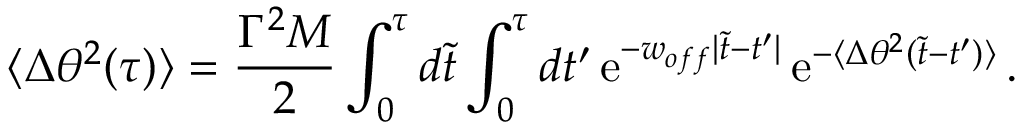
\langle \Delta \theta ^ { 2 } ( \tau ) \rangle = { \frac { \Gamma ^ { 2 } M } { 2 } } \int _ { 0 } ^ { \tau } d \tilde { t } \int _ { 0 } ^ { \tau } d t ^ { \prime } \, \mathrm { e } ^ { - w _ { o f f } | \tilde { t } - t ^ { \prime } | } \, \mathrm { e } ^ { - \langle \Delta \theta ^ { 2 } ( \tilde { t } - t ^ { \prime } ) \rangle } \, .